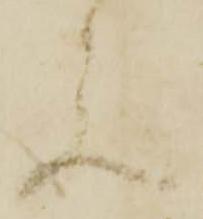
元